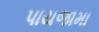
પાયજામા